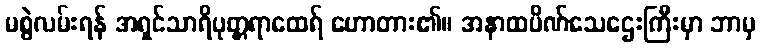
မစွဲလမ်းရန် အရှင်သာရိပုတ္တရာထေရ် ဟောတား၏။ အနာထပိဏ်သေဌေးကြီးမှာ ဘာမှ